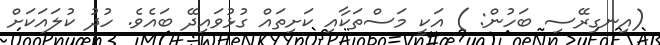
(އިނގިރޭސި ބަހުން: ) އަކީ މަސްތަކާއި ކަށިތައް ގުޅުވައިދޭ ބައެެވެ. ހުދު ކުލައަކަށް